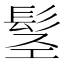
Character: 𩬣